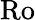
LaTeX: \mathrm{Ro}